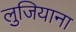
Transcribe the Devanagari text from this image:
लुजियाना